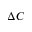
\Delta C